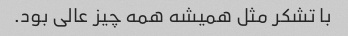
با تشکر مثل همیشه همه چیز عالی بود.